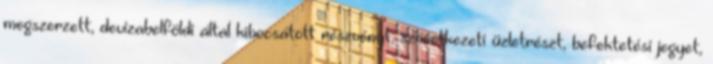
megszerzett, devizabelföldi által kibocsátott részvényt, szövetkezeti üzletrészt, befektetési jegyet,